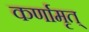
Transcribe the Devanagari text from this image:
कर्णामृत्